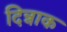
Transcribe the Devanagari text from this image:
दिन्नाक